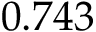
0 . 7 4 3